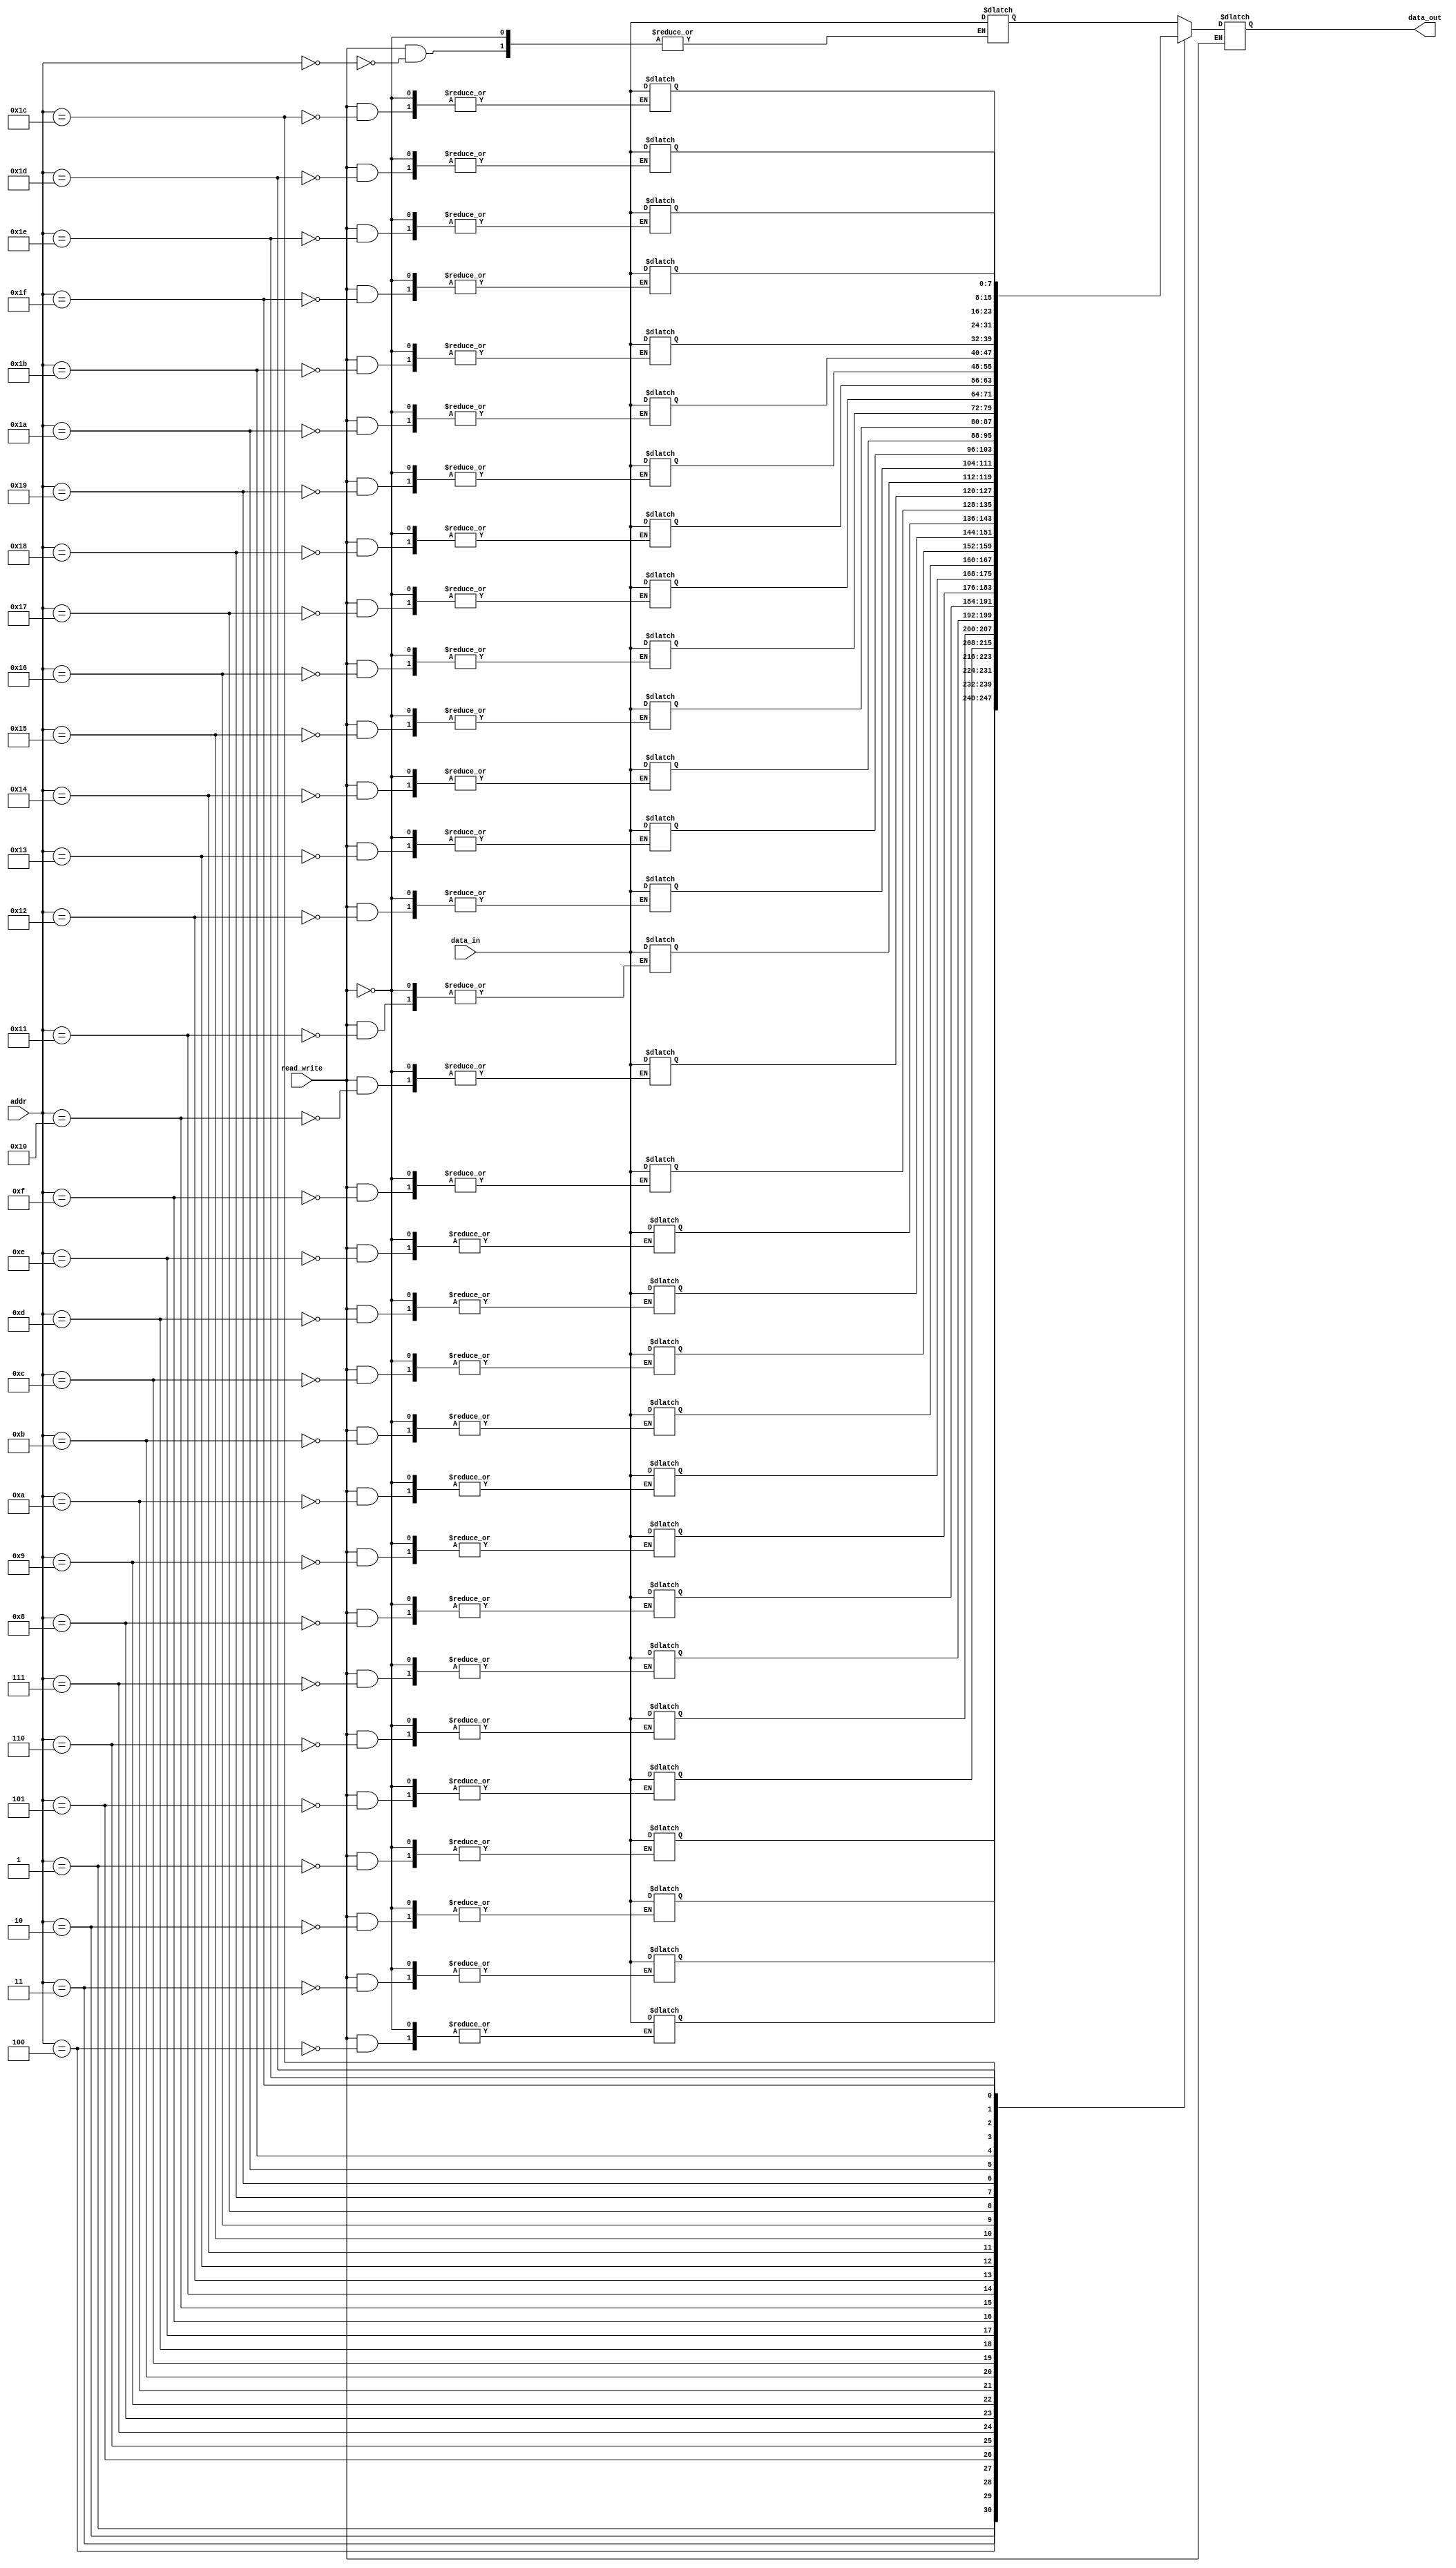
`timescale 1ns / 1ps
//////////////////////////////////////////////////////////////////////////////////
// Company: 
// Engineer: 
// 
// Design Name: 
// Module Name:    memory 
// Project Name: 
// Target Devices: 
// Tool versions: 
// Description: 
//
// Dependencies: 
//
// Revision: 
// Revision 0.01 - File Created
// Additional Comments: 
//
//////////////////////////////////////////////////////////////////////////////////
module MEMORY(data_in,data_out,read_write,addr);
input [7:0] data_in;
input read_write;
input [4:0] addr;
output reg [7:0] data_out;
reg[7:0] reg_array[31:0];
integer i;
//wire index;
//assign index=addr[0]+(addr[1]*2)+(addr[2]*4)+(addr[3]*8)+(addr[4]*16);

always @(read_write)
begin
	if (read_write == 1)
	begin
  		reg_array[addr] <= data_in ;// store 
	end
	else
	begin 
		data_out <= reg_array[addr];//load
	end
end	
endmodule